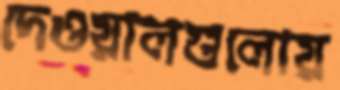
দেওয়ালগুলোয়